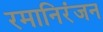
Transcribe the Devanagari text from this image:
रमानिरंजन